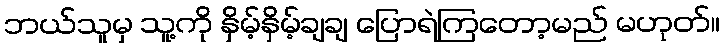
ဘယ်သူမှ သူ့ကို နှိမ့်နှိမ့်ချချ ပြောရဲကြတော့မည် မဟုတ်။